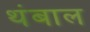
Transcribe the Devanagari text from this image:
थंबाल